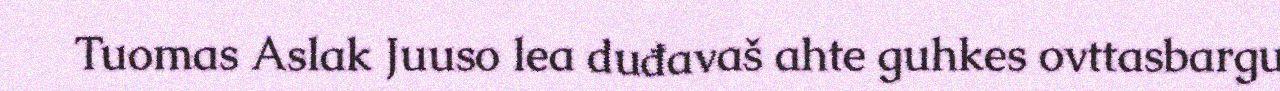
Tuomas Aslak Juuso lea duđavaš ahte guhkes ovttasbargu